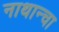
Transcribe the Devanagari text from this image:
नाथान्चा